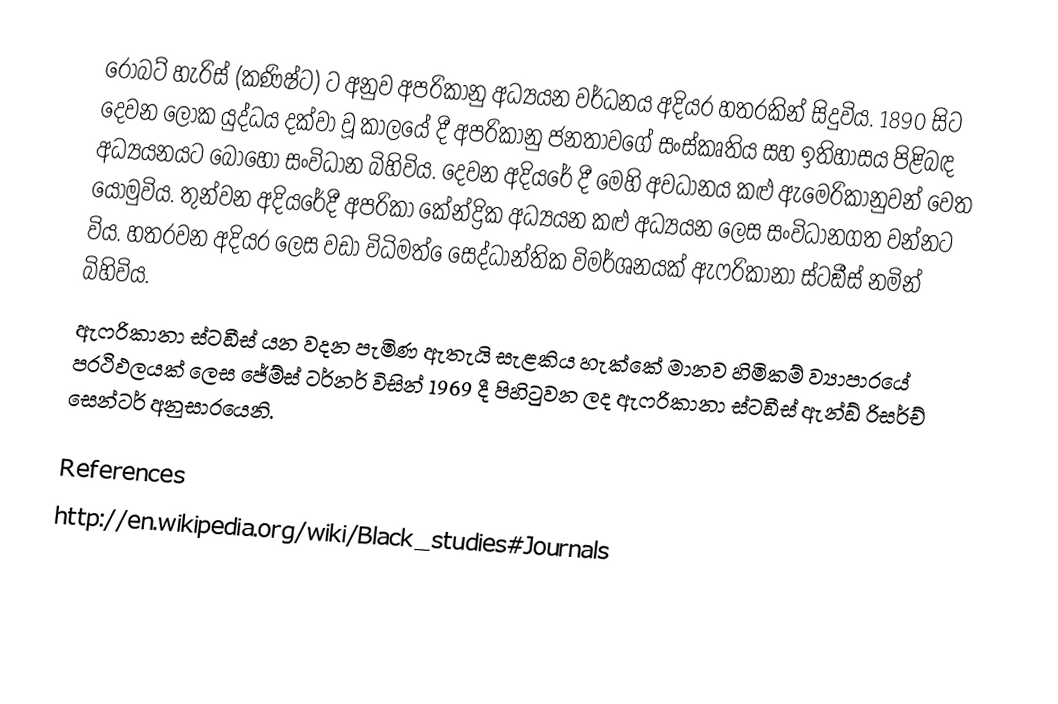
රොබට් හැරිස් (කණිෂ්ට) ට අනුව අප‍්‍රිකානු අධ්‍යයන වර්ධනය අදියර හතරකින් සිදුවිය.  1890 සිට දෙවන ලෝක යුද්ධය දක්වා වූ කාලයේ දී අප‍්‍රිකානු ජනතාවගේ සංස්කෘතිය සහ ඉතිහාසය පිළිබඳ අධ්‍යයනයට බොහෝ සංවිධාන බිහිවිය. දෙවන අදියරේ දී මෙහි අවධානය කළු ඇමෙරිකානුවන් වෙත යොමුවිය. තුන්වන අදියරේදී අප‍්‍රිකා කේන්ද්‍රික අධ්‍යයන කළු අධ්‍යයන ලෙස සංවිධානගත වන්නට විය. හතරවන අදියර ලෙස වඩා විධිමත් ෙසෙද්ධාන්තික විමර්ශනයක් ඇෆ‍්‍රිකානා ස්ටඞීස් නමින් බිහිවිය.
ඇෆ‍්‍රිකානා ස්ටඞීස් යන වදන පැමිණ ඇතැයි සැළකිය හැක්කේ මානව හිමිකම් ව්‍යාපාරයේ ප‍්‍රථිඵලයක් ලෙස ජේම්ස් ටර්නර් විසින් 1969 දී පිහිටුවන ලද ඇෆ‍්‍රිකානා ස්ටඞීස් ඇන්ඞ් රිසර්ච් සෙන්ටර් අනුසාරයෙනි.

References
http://en.wikipedia.org/wiki/Black_studies#Journals